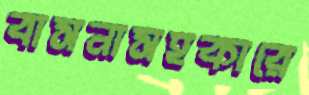
বাসনাসহকারে